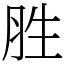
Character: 胜